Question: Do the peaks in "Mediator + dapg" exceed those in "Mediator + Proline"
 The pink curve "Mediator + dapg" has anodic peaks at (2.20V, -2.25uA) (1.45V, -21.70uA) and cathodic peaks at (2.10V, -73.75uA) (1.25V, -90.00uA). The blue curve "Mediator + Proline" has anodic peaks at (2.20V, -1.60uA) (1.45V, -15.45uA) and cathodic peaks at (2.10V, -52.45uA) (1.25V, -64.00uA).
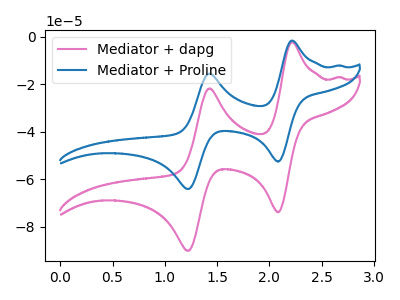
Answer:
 <answer>The peaks in "Mediator + dapg" are neither all higher or all lower than the peaks in "Mediator + Proline".</answer>
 <eval>mixed</eval>